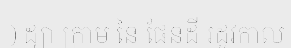
) ដ្យា ក្រាម នៃ ផែនដី រដូវកាល